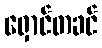
ရှောင်တခင်